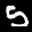
Label: 5